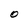
Character: O